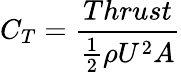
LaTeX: C_{T}=\frac{Thrust}{\frac{1}{2}\rho U^{2}A}